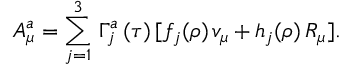
A _ { \mu } ^ { a } = \sum _ { j = 1 } ^ { 3 } \, \Gamma _ { j } ^ { a } \, ( \tau ) \, [ f _ { j } ( \rho ) \, v _ { \mu } + h _ { j } ( \rho ) \, R _ { \mu } ] .